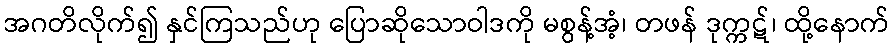
အဂတိလိုက်၍ နှင်ကြသည်ဟု ပြောဆိုသောဝါဒကို မစွန့်အံ့၊ တဖန် ဒုက္ကဋ်၊ ထို့နောက်